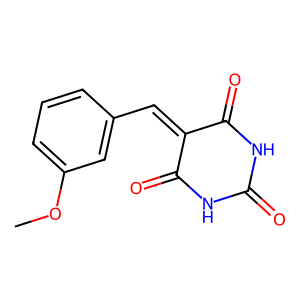
SMILES: COc1cccc(C=C2C(=O)NC(=O)NC2=O)c1
Inhibits HIV replication: No